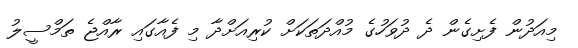
މިއަދުން ފެށިގެން ދެ ދުވަހުގެ މުއްދަތަކަށް ކުރިއަށްދާ މި ފެއާގައި ރާއްޖެ ތަމްސީލު